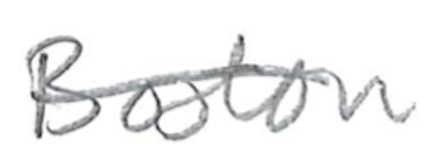
Text: Boston
Cross-out: single-line
Writing tool: pencil